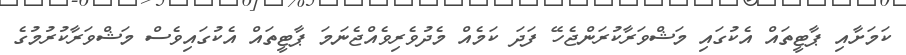
ކަމަށާއި ޕާޓީތައް އެކުގައި މަޝްވަރާކުރަންޖެހޭ ފަދަ ކަމެއް މެދުވެރިވެއްޖެނަމަ ޕާޓީތައް އެކުގައިވެސް މަޝްވަރާކުރުމުގެ